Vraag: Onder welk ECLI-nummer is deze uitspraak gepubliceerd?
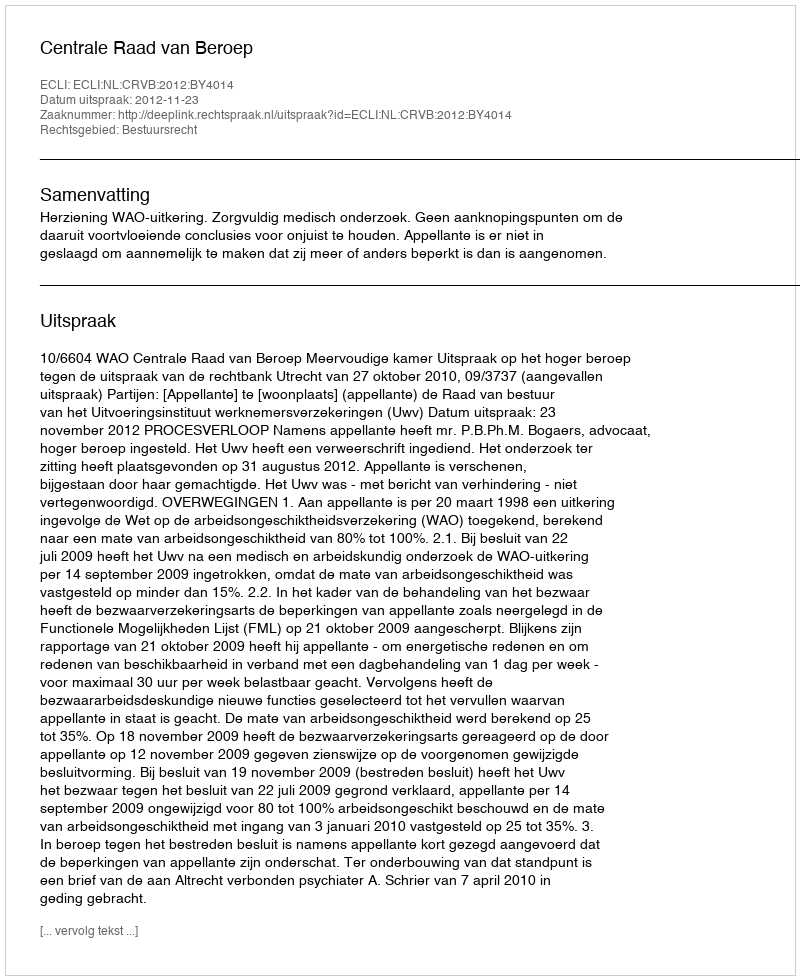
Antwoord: ECLI:NL:CRVB:2012:BY4014